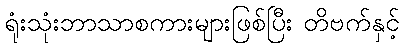
ရုံးသုံးဘာသာစကားများဖြစ်ပြီး တိဗက်နှင့်